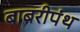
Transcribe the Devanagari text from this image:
बाबरीपंथ